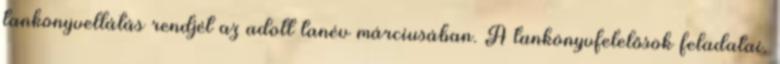
tankönyvellátás rendjét az adott tanév márciusában. A tankönyvfelelősök feladatai.